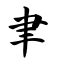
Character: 聿